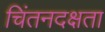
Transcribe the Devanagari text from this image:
चिंतनदक्षता